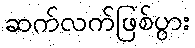
ဆက်လက်ဖြစ်ပွား